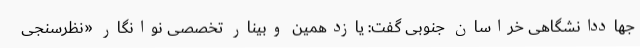
جهاددانشگاهی خراسان جنوبی گفت: یازدهمین وبینار تخصصی نوانگار «نظرسنجی